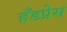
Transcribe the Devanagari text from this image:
हँडप्रेस